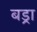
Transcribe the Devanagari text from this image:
बड्रा